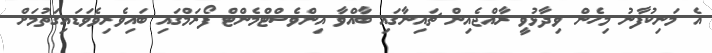
އެ މަނިކުފާނު މިހެން ވިދާޅުވީ ރާއްޖެއިން ޗައިނާގައި ބާއްވާ އިންވެސްޓްމެންޓް ފޯރަމްގައި ބައިވެރިވެވަޑައިގަތުމަށް